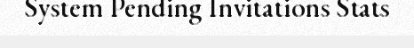
System Pending Invitations Stats